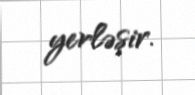
yerləşir.